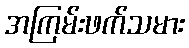
အကြမ်းဖက်သမား